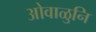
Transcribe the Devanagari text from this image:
ओवाळुनि